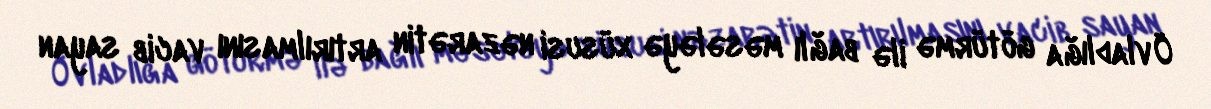
Övladlığa götürmə ilə bağlı məsələyə xüsusi nəzarətin artırılmasını vacib sayan